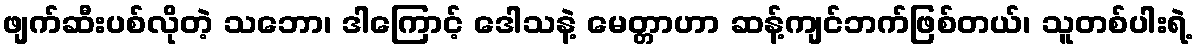
ဖျက်ဆီးပစ်လိုတဲ့ သဘော၊ ဒါကြောင့် ဒေါသနဲ့ မေတ္တာဟာ ဆန့်ကျင်ဘက်ဖြစ်တယ်၊ သူတစ်ပါးရဲ့